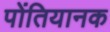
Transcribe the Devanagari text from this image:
पोंतियानक